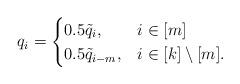
LaTeX: \begin{align*}q_i = \begin{cases} 0.5\tilde{q}_i, & i \in [m] \\0.5\tilde{q}_{i-m}, & i \in [k]\setminus [m]. \end{cases}\end{align*}